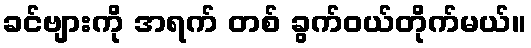
ခင်ဗျားကို အရက် တစ် ခွက်ဝယ်တိုက်မယ်။